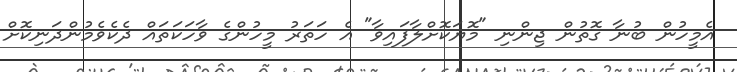
އެމީހުން ބުނާ ގޮތުން ޖިންނި "މޮޔަކޮށްލާފައިވާ" އެ ހަތަރު މީހުންގެ ވާހަކަތައް ދެކެވެމުންދަނިކޮށް